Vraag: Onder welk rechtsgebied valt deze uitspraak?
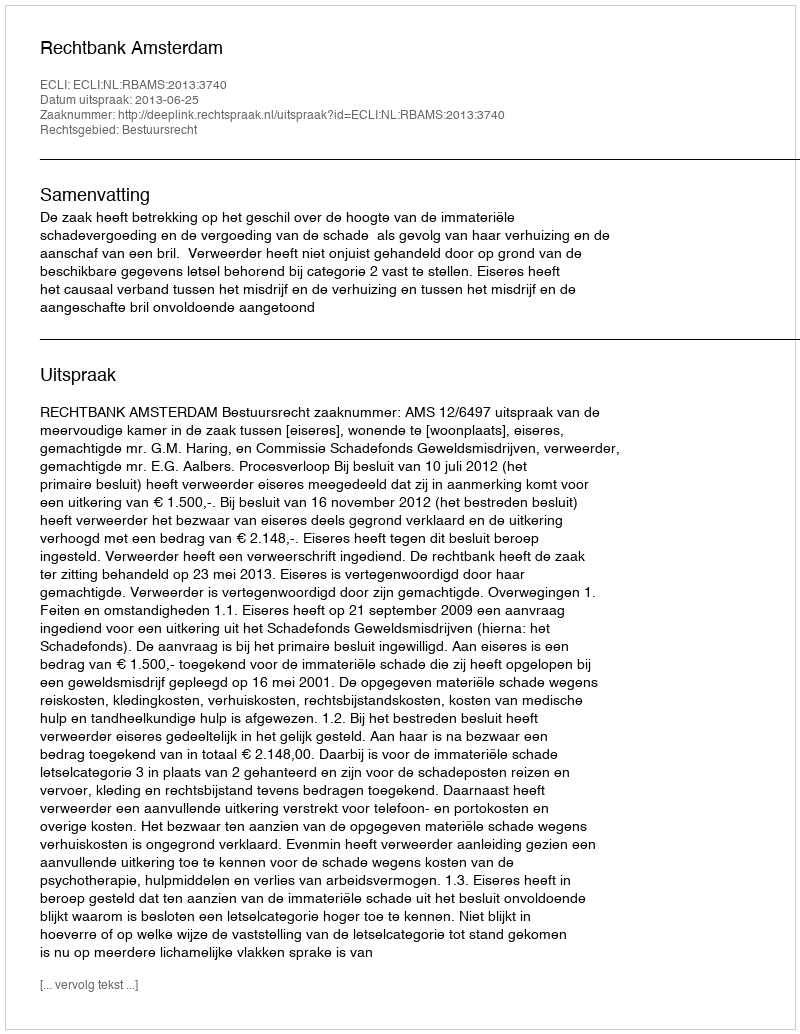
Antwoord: Bestuursrecht